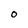
Character: O